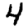
Digit: 4